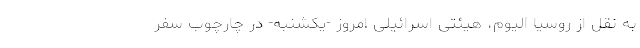
به نقل از روسیا الیوم، هیئتی اسرائیلی امروز -یکشنبه- در چارچوب سفر